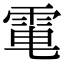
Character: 𩂬